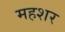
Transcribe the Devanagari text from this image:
महशर